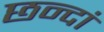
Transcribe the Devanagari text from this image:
छन्दां